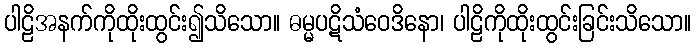
ပါဠိအနက်ကိုထိုးထွင်း၍သိသော။ ဓမ္မပဋိသံဝေဒိနော၊ ပါဠိကိုထိုးထွင်းခြင်းသိသော။